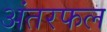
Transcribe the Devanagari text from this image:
अंतरफल